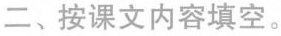
二、按课文内容填空。